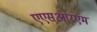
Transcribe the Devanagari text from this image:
एएसआरएम